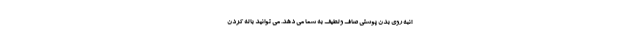
انبه روی بدن پوستی صاف و لطیف به شما می دهد. می توانید با له کردن